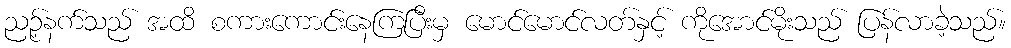
ညဉ့်နက်သည် အထိ စကားကောင်းနေကြပြီးမှ မောင်မောင်လတ်နှင့် ကိုအောင်မိုးသည် ပြန်လာခဲ့သည်။